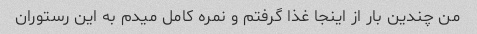
من چندین بار از اینجا غذا گرفتم و نمره کامل میدم به این رستوران